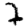
Digit: 7